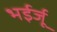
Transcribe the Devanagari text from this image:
भईर्जू